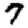
Digit: 7